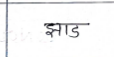
मजकूर: झाड